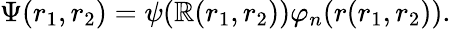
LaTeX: \Psi(r_{1},r_{2})=\psi(\mathbb{R}(r_{1},r_{2}))\varphi_{n}(r(r_{1},r_{2})).